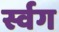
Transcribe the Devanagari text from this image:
र्स्वग